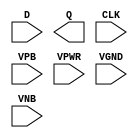
module sky130_fd_sc_ls__dfxtp (
    //# {{data|Data Signals}}
    input  D   ,
    output Q   ,

    //# {{clocks|Clocking}}
    input  CLK ,

    //# {{power|Power}}
    input  VPB ,
    input  VPWR,
    input  VGND,
    input  VNB
);
endmodule